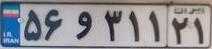
۵۶و۳۱۱۲۱